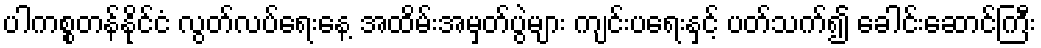
ပါကစ္စတန်နိုင်ငံ လွတ်လပ်ရေးနေ့ အထိမ်းအမှတ်ပွဲများ ကျင်းပရေးနှင့် ပတ်သက်၍ ခေါင်းဆောင်ကြီး